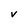
Character: V